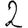
Digit: 2